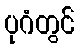
ပုဂံတွင်